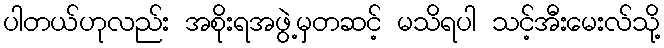
ပါတယ်ဟုလည်း အစိုးရအဖွဲ့မှတဆင့် မသိရပါ သင့်အီးမေးလ်သို့